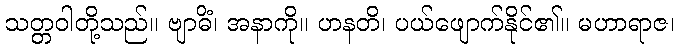
သတ္တဝါတို့သည်။ ဗျာဓိံ၊ အနာကို။ ဟနတိ၊ ပယ်ဖျောက်နိုင်၏။ မဟာရာဇ၊